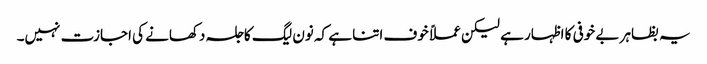
یہ بظاہر بے خوفی کا اظہار ہے لیکن عملاً خوف اتنا ہے کہ نون لیگ کا جلسہ دکھانے کی اجازت نہیں۔